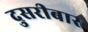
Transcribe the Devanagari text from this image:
दुसरीबार